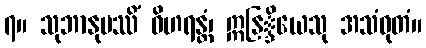
၇။ သုဘာနုပဿိံ ဝိဟရန္တံ၊ ဣနြ္ဒိယေသု အသံဝုတံ။